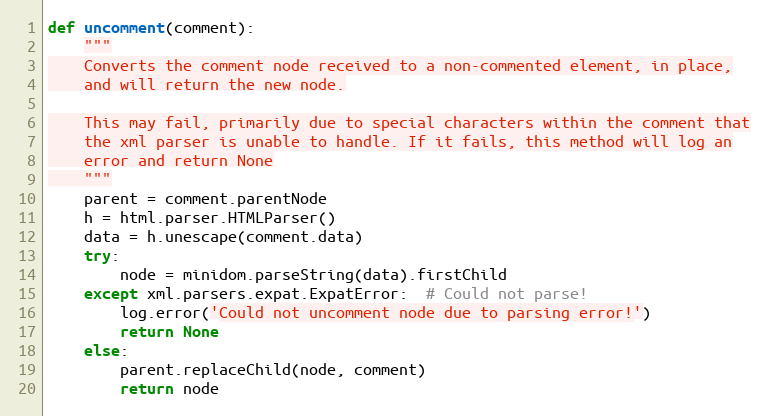
Language: Python
def uncomment(comment):
    """
    Converts the comment node received to a non-commented element, in place,
    and will return the new node.

    This may fail, primarily due to special characters within the comment that
    the xml parser is unable to handle. If it fails, this method will log an
    error and return None
    """
    parent = comment.parentNode
    h = html.parser.HTMLParser()
    data = h.unescape(comment.data)
    try:
        node = minidom.parseString(data).firstChild
    except xml.parsers.expat.ExpatError:  # Could not parse!
        log.error('Could not uncomment node due to parsing error!')
        return None
    else:
        parent.replaceChild(node, comment)
        return node